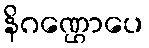
နိဂဏ္ဌောပေ